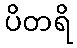
ပိတရိ